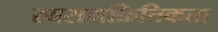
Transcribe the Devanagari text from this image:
स्वसमक्रितिकता